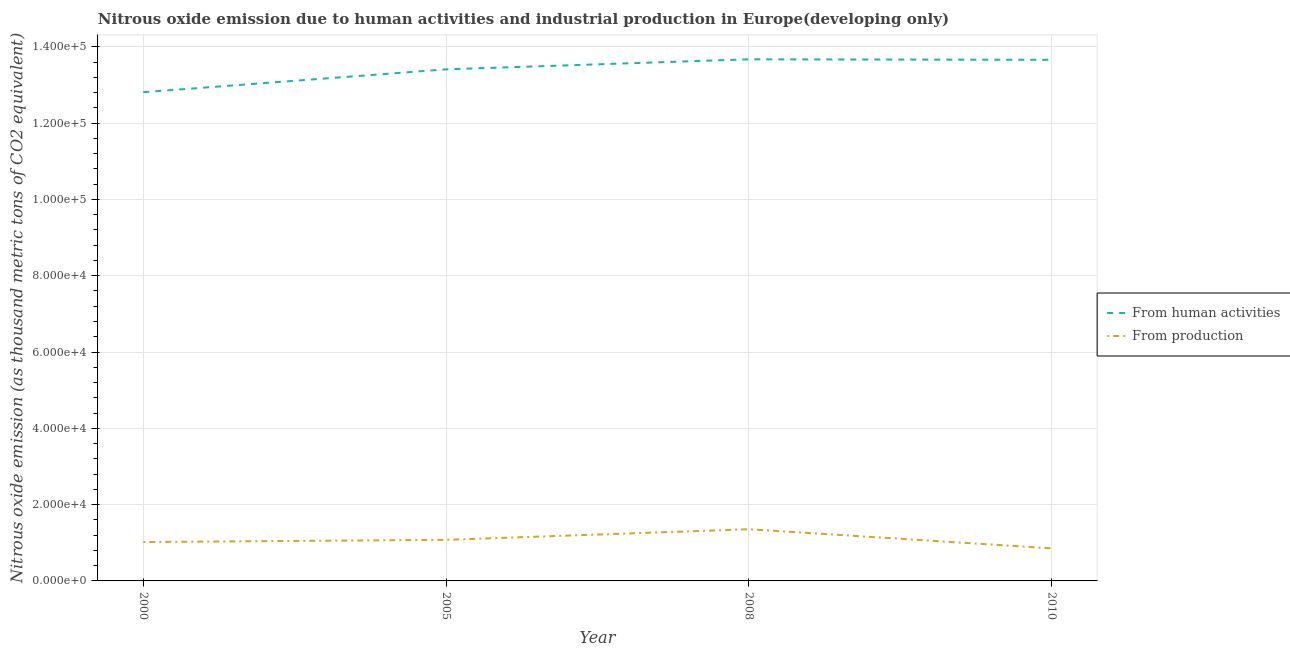
| Year | From human activities | From production |
 | --- | --- | --- |
 | 2000 | 1.28e+05 | 1.02e+04 |
 | 2005 | 1.34e+05 | 1.08e+04 |
 | 2008 | 1.37e+05 | 1.35e+04 |
 | 2010 | 1.37e+05 | 8.54e+03 |